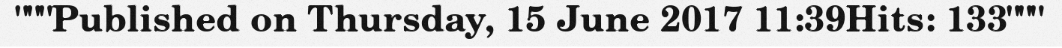
"""Published on Thursday, 15 June 2017 11:39Hits: 133"""